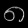
Digit: ၈